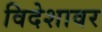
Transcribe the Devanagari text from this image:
विदेशावर